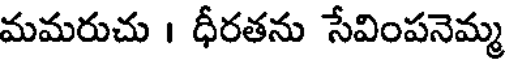
మమరుచు । ధీరతను సేవింపనెమ్మ